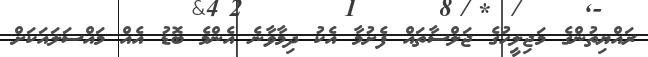
ރައްޔިތުންގެ މަޖިލީހުގެ ޖަލްސާތައް ފެށުމާ އެކު ދިމާވާނެ އެންމެ ބޮޑު އެއް މައްސަލައަކަށް